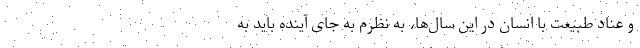
و عناد طبیعت با انسان در این سال‌ها، به نظرم به جای آینده باید به